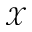
\mathcal { X }